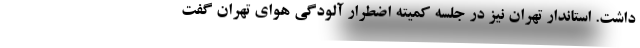
داشت. استاندار تهران نیز در جلسه کمیته اضطرار آلودگی هوای تهران گفت